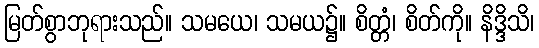
မြတ်စွာဘုရားသည်။ သမယေ၊ သမယ၌။ စိတ္တံ၊ စိတ်ကို။ နိဒ္ဒိသိ၊